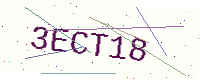
Text: 3ECT18